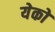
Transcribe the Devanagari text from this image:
येको